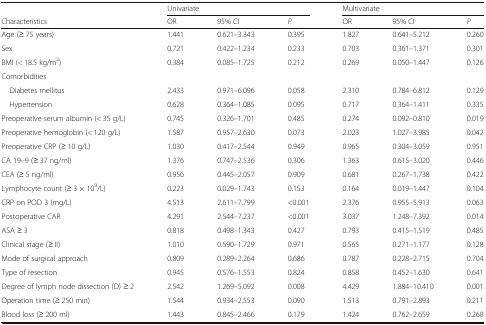
<table><thead><tr><td></td><td colspan="3"><b>Univariate</b></td><td colspan="3"><b>Multivariate</b></td></tr><tr><td><b>Characteristics</b></td><td><b>OR</b></td><td><b>95% CI</b></td><td><b><i>P</i></b></td><td><b>OR</b></td><td><b>95% CI</b></td><td><b><i>P</i></b></td></tr></thead><tbody><tr><td>Age (≥ 75 years)</td><td>1.441</td><td>0.621–3.343</td><td>0.395</td><td>1.827</td><td>0.641–5.212</td><td>0.260</td></tr><tr><td>Sex</td><td>0.721</td><td>0.422–1.234</td><td>0.233</td><td>0.703</td><td>0.361–1.371</td><td>0.301</td></tr><tr><td>BMI (&lt; 18.5 kg/m<sup>2</sup>)</td><td>0.384</td><td>0.085–1.725</td><td>0.212</td><td>0.269</td><td>0.050–1.447</td><td>0.126</td></tr><tr><td colspan="7">Comorbidities</td></tr><tr><td> Diabetes mellitus</td><td>2.433</td><td>0.971–6.096</td><td>0.058</td><td>2.310</td><td>0.784–6.812</td><td>0.129</td></tr><tr><td> Hypertension</td><td>0.628</td><td>0.364–1.085</td><td>0.095</td><td>0.717</td><td>0.364–1.411</td><td>0.335</td></tr><tr><td>Preoperative serum albumin (&lt; 35 g/L)</td><td>0.745</td><td>0.326–1.701</td><td>0.485</td><td>0.274</td><td>0.092–0.810</td><td>0.019</td></tr><tr><td>Preoperative hemoglobin (&lt; 120 g/L)</td><td>1.587</td><td>0.957–2.630</td><td>0.073</td><td>2.023</td><td>1.027–3.985</td><td>0.042</td></tr><tr><td>Preoperative CRP (≥ 10 g/L)</td><td>1.030</td><td>0.417–2.544</td><td>0.949</td><td>0.965</td><td>0.304–3.059</td><td>0.951</td></tr><tr><td>CA 19–9 (≥ 37 ng/ml)</td><td>1.376</td><td>0.747–2.536</td><td>0.306</td><td>1.363</td><td>0.615–3.020</td><td>0.446</td></tr><tr><td>CEA (≥ 5 ng/ml)</td><td>0.956</td><td>0.445–2.057</td><td>0.909</td><td>0.681</td><td>0.267–1.738</td><td>0.422</td></tr><tr><td>Lymphocyte count (≥ 3 × 10<sup>9</sup>/L)</td><td>0.223</td><td>0.029–1.743</td><td>0.153</td><td>0.164</td><td>0.019–1.447</td><td>0.104</td></tr><tr><td>CRP on POD 3 (mg/L)</td><td>4.513</td><td>2.611–7.799</td><td>&lt;0.001</td><td>2.376</td><td>0.955–5.913</td><td>0.063</td></tr><tr><td>Postoperative CAR</td><td>4.291</td><td>2.544–7.237</td><td>&lt;0.001</td><td>3.037</td><td>1.248–7.392</td><td>0.014</td></tr><tr><td>ASA ≥ 3</td><td>0.818</td><td>0.498–1.343</td><td>0.427</td><td>0.793</td><td>0.415–1.519</td><td>0.485</td></tr><tr><td>Clinical stage (≥ II)</td><td>1.010</td><td>0.590–1.729</td><td>0.971</td><td>0.565</td><td>0.271–1.177</td><td>0.128</td></tr><tr><td>Mode of surgical approach</td><td>0.809</td><td>0.289–2.264</td><td>0.686</td><td>0.787</td><td>0.228–2.715</td><td>0.704</td></tr><tr><td>Type of resection</td><td>0.945</td><td>0.576–1.553</td><td>0.824</td><td>0.858</td><td>0.452–1.630</td><td>0.641</td></tr><tr><td>Degree of lymph node dissection (D) ≥ 2</td><td>2.542</td><td>1.269–5.092</td><td>0.008</td><td>4.429</td><td>1.884–10.410</td><td>0.001</td></tr><tr><td>Operation time (≥ 250 min)</td><td>1.544</td><td>0.934–2.553</td><td>0.090</td><td>1.513</td><td>0.791–2.893</td><td>0.211</td></tr><tr><td>Blood loss (≥ 200 ml)</td><td>1.443</td><td>0.845–2.466</td><td>0.179</td><td>1.424</td><td>0.762–2.659</td><td>0.268</td></tr></tbody></table>